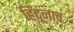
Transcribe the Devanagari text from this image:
हिंदूंनाच